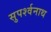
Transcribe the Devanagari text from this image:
सुपर्श्‍वनाथ